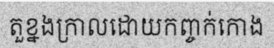
តួខ្នងក្រាលដោយកញ្ចក់កោង